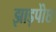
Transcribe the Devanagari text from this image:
झाड़पोेंछ